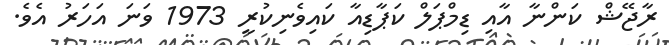
ރާޖޭޝް ކަންނާ އާއި ޑިމްޕަލް ކަޕާޑިއާ ކައިވެނިކުރީ 1973 ވަނަ އަހަރު އެވެ.